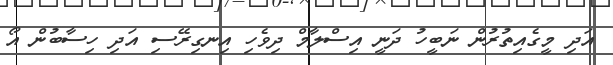
އަދި މީގެއިތުރުން ނަބީހު ދަނީ އިސްލާމް ދިވެހި އިނގިރޭސި އަދި ހިސާބުން އޯ